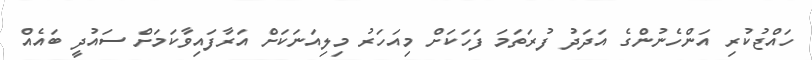
ހައްޖުކުރި އަންހެނުންގެ އަދަދު ފުރަތަމަ ފަހަކަށް މިއަހަރު މިލިއަނަކަށް އަރާފައިވާކަމަށް ސައުދީ ބައެއް